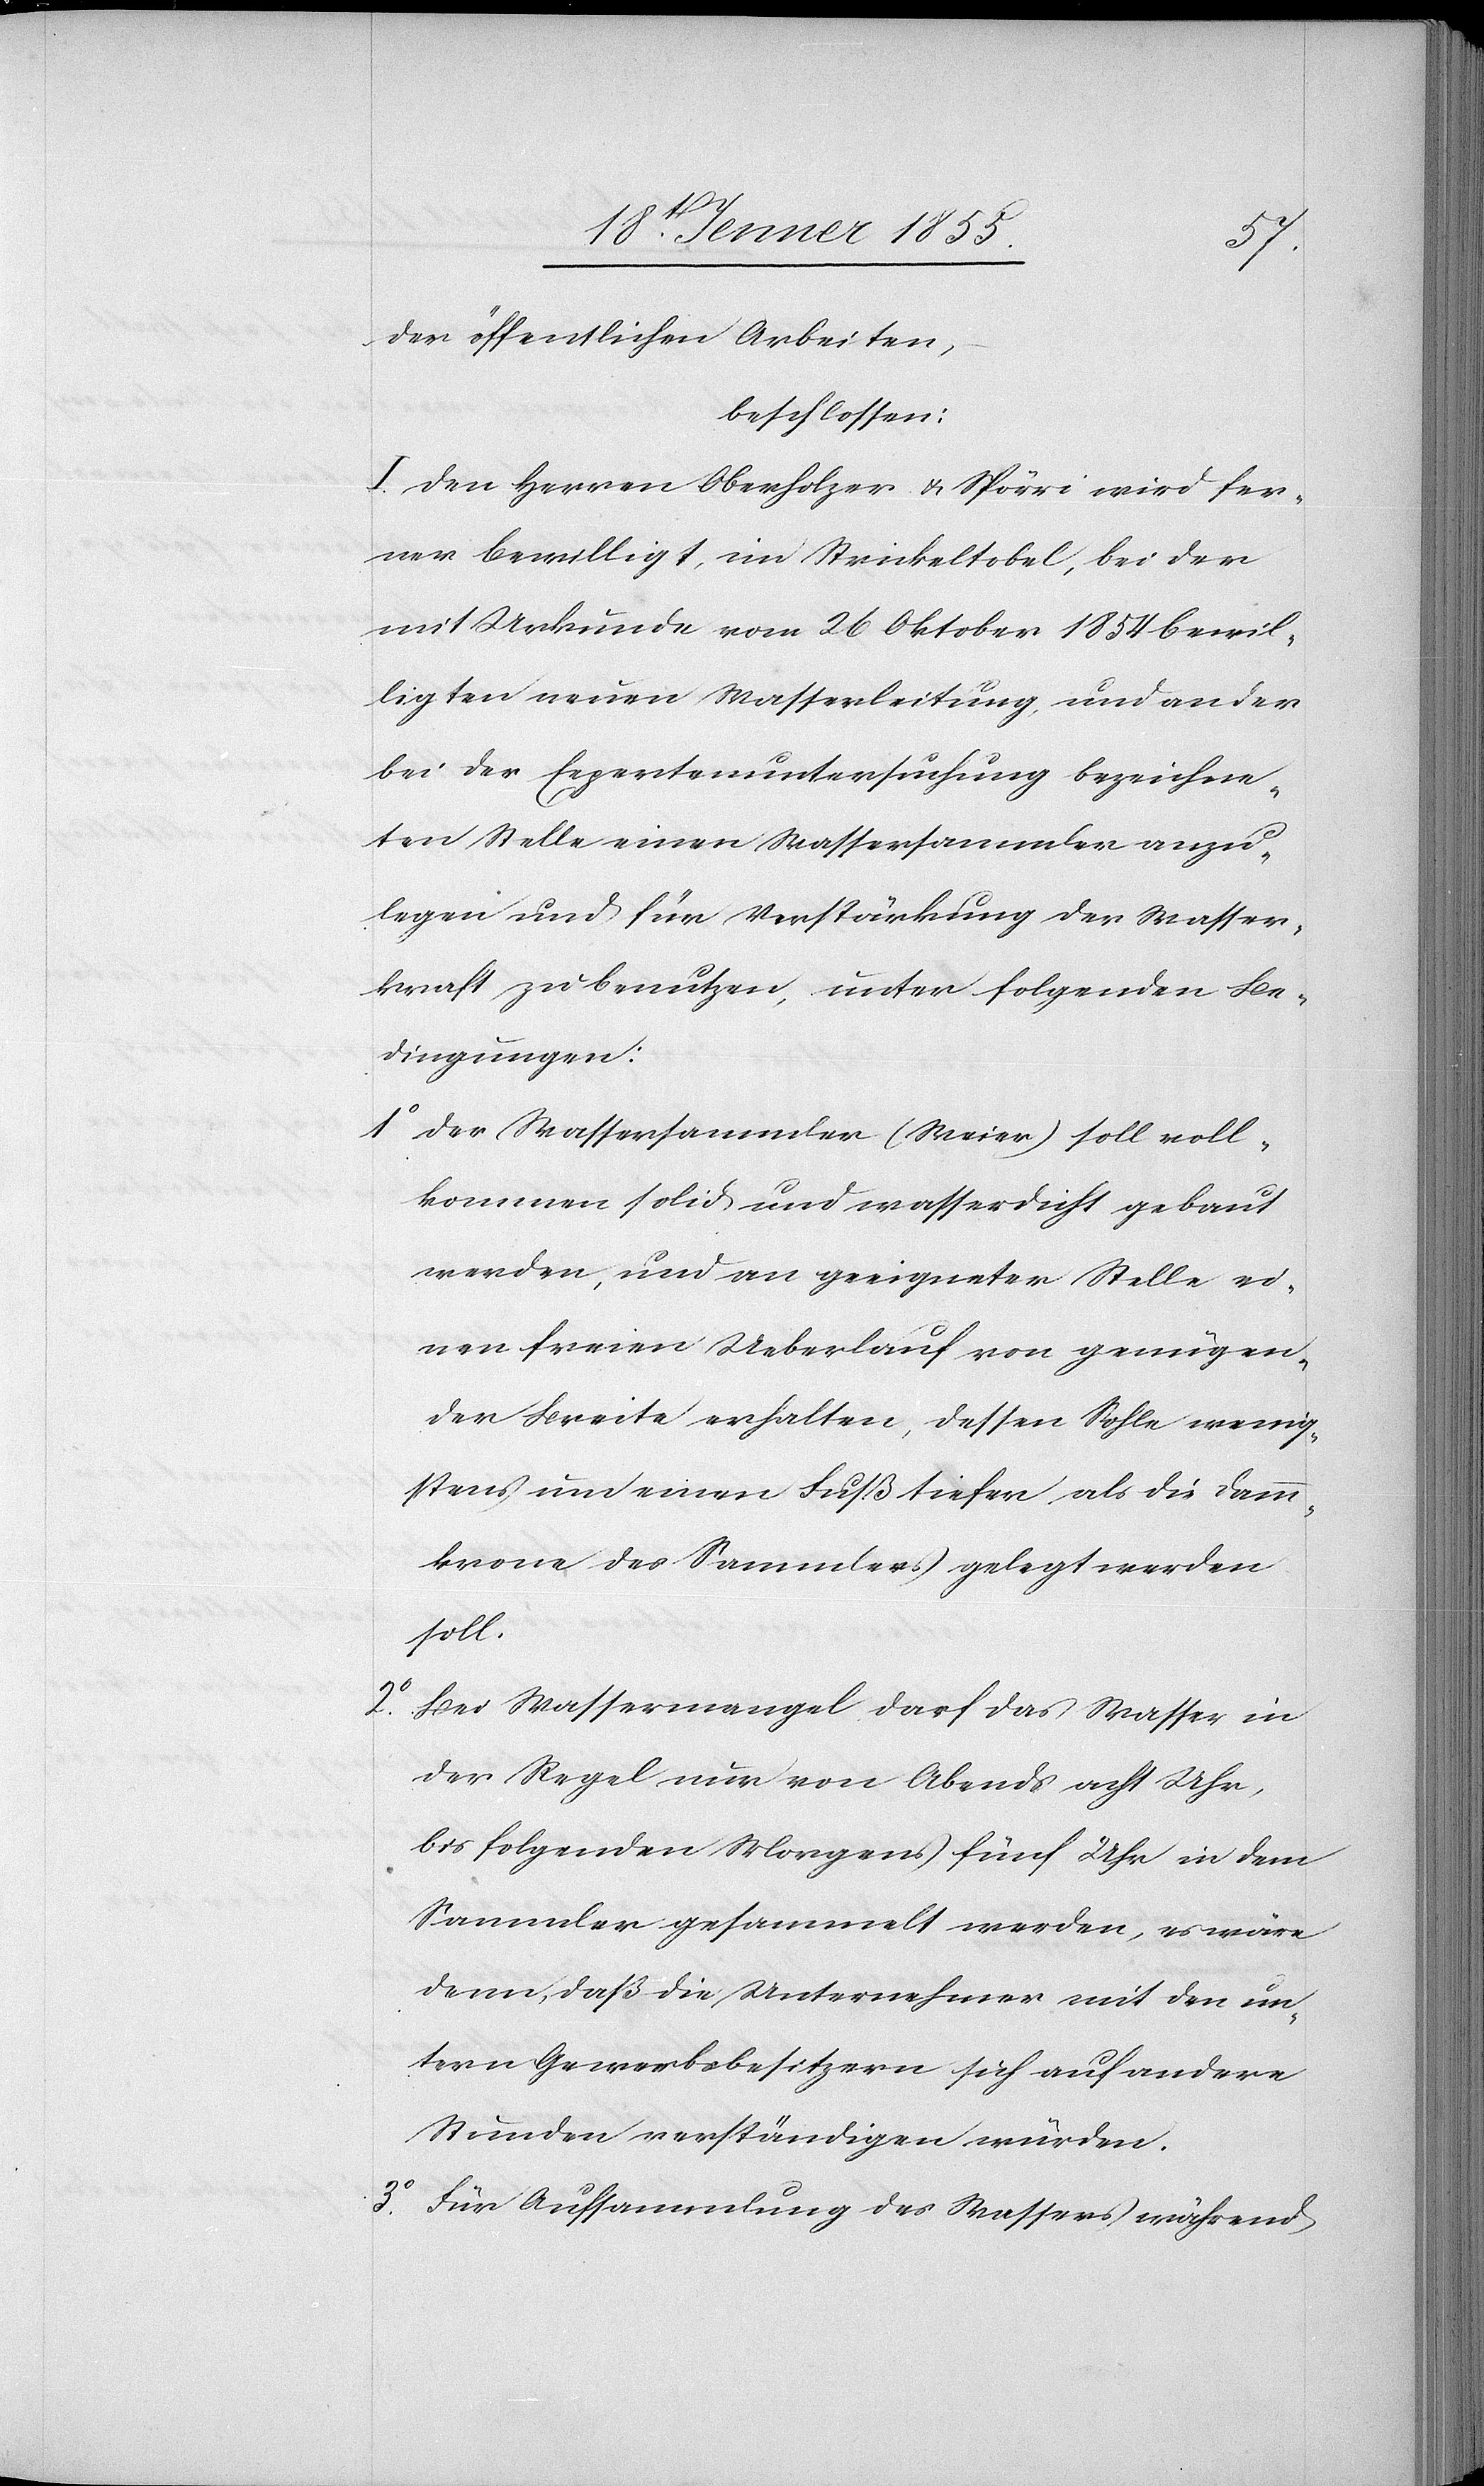
3o.

der öffentlichen Arbeiten,
beschlossen:
I. Den Herren Oberholzer & Spörri wird fer¬
ner bewilligt, im Strickeltobel, bei der
mit Urkunde vom 26 Oktober 1854 bewil¬
ligten neuen Wasserleitung, und an der
bei der Expertenuntersuchung bezeichne¬
ten Stelle einen Wassersammler anzu¬
legen und für Verstärkung der Wasser¬
kraft zu benutzen, unter folgenden Be¬
dingungen:
Der Wassersammler (Weier) soll voll¬
kommen solid und wasserdicht gebaut
werden, und an geeigneter Stelle ei¬
nen freien Ueberlauf von genügen¬
der Breite erhalten, dessen Sohle wenig¬
stens um einen Fuß tiefer als die Damm¬
krone des Sammlers gelegt werden
soll.
Bei Wassermangel darf das Wasser in
der Regel nur von Abends acht Uhr,
bis folgenden Morgens fünf Uhr in dem
Sammler gesammelt werden, es wäre
denn, daß die Unternehmer mit den un¬
tern Gewerbebesitzern sich auf andere
Stunden verständigen würden.
Für Aufsammlung des Wassers während